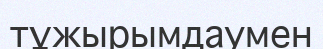
тұжырымдаумен